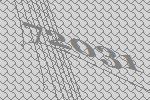
72031